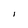
Character: l